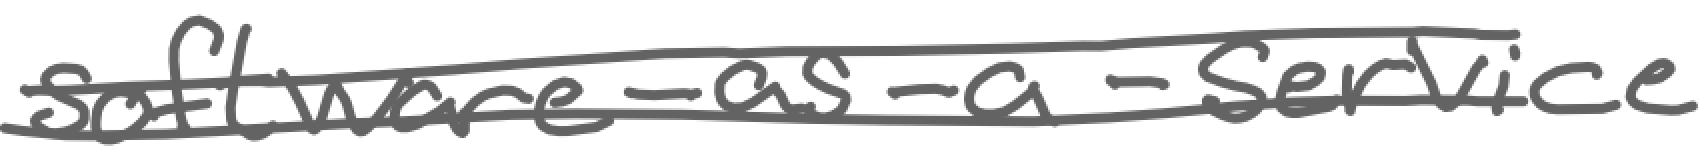
Text: software-as-a-service
Cross-out: wave
Writing tool: digital_gray